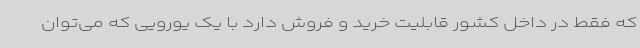
که فقط در داخل کشور قابلیت خرید و فروش دارد با یک یورویی که می‌توان